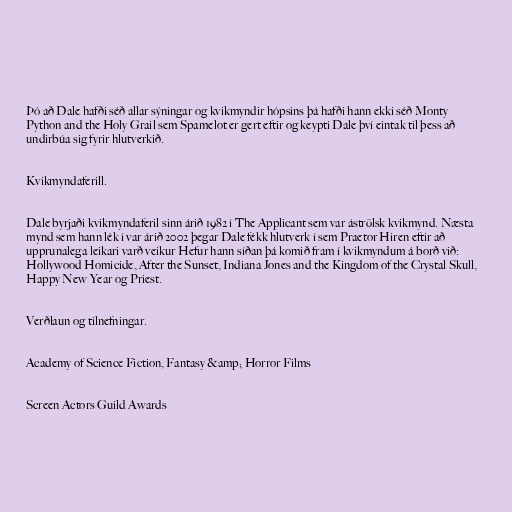
Þó að Dale hafði séð allar sýningar og kvikmyndir hópsins þá hafði hann ekki séð Monty
Python and the Holy Grail sem Spamelot er gert eftir og keypti Dale því eintak til þess að
undirbúa sig fyrir hlutverkið.

Kvikmyndaferill.

Dale byrjaði kvikmyndaferil sinn árið 1982 í The Applicant sem var áströlsk kvikmynd. Næsta
mynd sem hann lék í var árið 2002 þegar Dale fékk hlutverk í sem Praetor Hiren eftir að
upprunalega leikari varð veikur Hefur hann síðan þá komið fram í kvikmyndum á borð við:
Hollywood Homicide, After the Sunset, Indiana Jones and the Kingdom of the Crystal Skull,
Happy New Year og Priest.

Verðlaun og tilnefningar.

Academy of Science Fiction, Fantasy &amp; Horror Films

Screen Actors Guild Awards